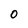
Character: O